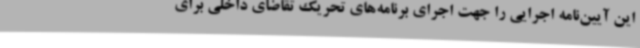
این آیین‌نامه اجرایی را جهت اجرای برنامه‌های تحریک تقاضای داخلی برای